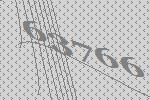
63766